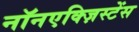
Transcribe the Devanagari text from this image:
नॉनएक्ज़िस्टेंस